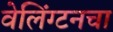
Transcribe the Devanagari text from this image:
वेलिंग्टनचा